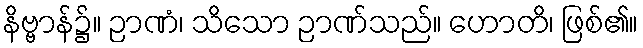
နိဗ္ဗာန်၌။ ဉာဏံ၊ သိသော ဉာဏ်သည်။ ဟောတိ၊ ဖြစ်၏။